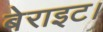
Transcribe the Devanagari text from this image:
बेराइट।